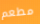
مطعم